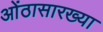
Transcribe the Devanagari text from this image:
ओंठासारख्या